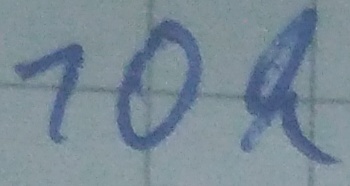
Text: 10k